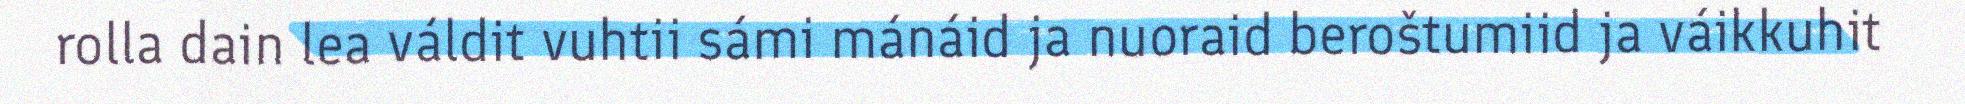
rolla dain lea váldit vuhtii sámi mánáid ja nuoraid beroštumiid ja váikkuhit